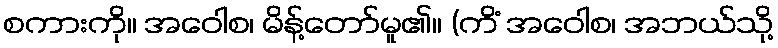
စကားကို။ အဝေါစ၊ မိန့်တော်မူ၏။ (ကိံ အဝေါစ၊ အဘယ်သို့